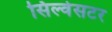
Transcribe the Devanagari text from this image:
सिल्वेसटर